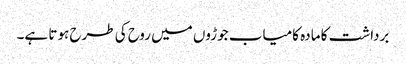
برداشت کا مادہ کامیاب جوڑوں میں روح کی طرح ہوتا ہے۔